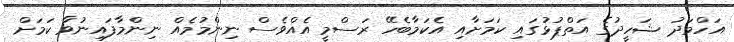
އަހްމަދު ޝަހީދުގެ އަތްޕުޅުގައި ކަމަށާއި އެކަމާބެހޭ ރަސްމީ އެއްވެސް ނިންމުމެއް ނިންމާފައިނުވާ ކަމަށް